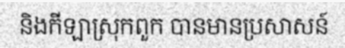
និងកីឡាស្រុកពួក បានមានប្រសាសន៍